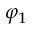
\varphi _ { 1 }